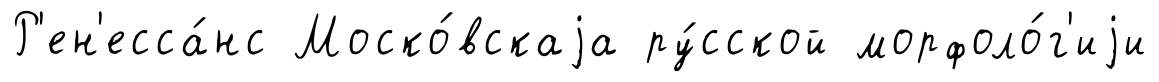
Р'ен'есса́нс Моско́вскаjа ру́сской морфоло́г'иjи